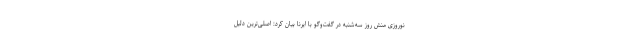
نوروزی منش روز سه‌شنبه در گفت‌وگو با ایرنا بیان کرد: اصلی‌ترین دلیل